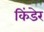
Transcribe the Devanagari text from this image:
किंडेर